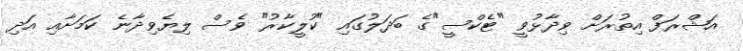
އަޝްރަފް އިތުރަށް ވިދާޅުވީ "ޓެކްސީ"ގެ ބަދަލުގައި "ކުލީކާރު" ވެސް ލިޔެވިދާނެ ކަމަށާއި އަދި